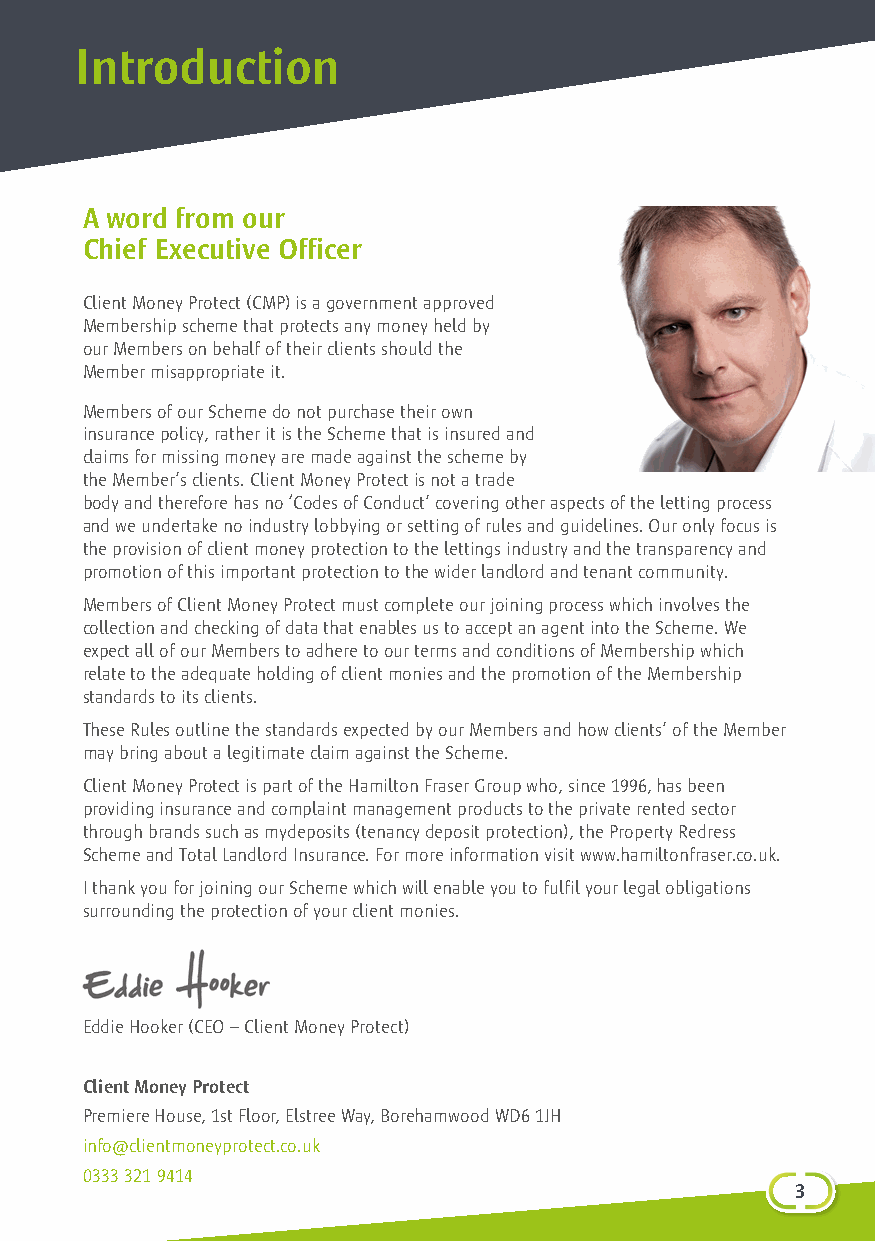
Introduction
 A word from our
 Chief Executive Officer
 Client Money Protect (CMP) is a government approved
 Membership scheme that protects any money held by
 our Members on behalf of their clients should the
 Member misappropriate it.
 Members of our Scheme do not purchase their own
 insurance policy, rather it is the Scheme that is insured and
 claims for missing money are made against the scheme by
 the Member’s clients. Client Money Protect is not a trade
 body and therefore has no ‘Codes of Conduct’ covering other aspects of the letting process
 and we undertake no industry lobbying or setting of rules and guidelines. Our only focus is
 the provision of client money protection to the lettings industry and the transparency and
 promotion of this important protection to the wider landlord and tenant community.
 Members of Client Money Protect must complete our joining process which involves the
 collection and checking of data that enables us to accept an agent into the Scheme. We
 expect all of our Members to adhere to our terms and conditions of Membership which
 relate to the adequate holding of client monies and the promotion of the Membership
 standards to its clients.
 These Rules outline the standards expected by our Members and how clients’ of the Member
 may bring about a legitimate claim against the Scheme.
 Client Money Protect is part of the Hamilton Fraser Group who, since 1996, has been
 providing insurance and complaint management products to the private rented sector
 through brands such as mydeposits (tenancy deposit protection), the Property Redress
 Scheme and Total Landlord Insurance. For more information visit www.hamiltonfraser.co.uk.
 I thank you for joining our Scheme which will enable you to fulfil your legal obligations
 surrounding the protection of your client monies.
 Eddie Hooker (CEO – Client Money Protect)
 Client Money Protect
 Premiere House, 1st Floor, Elstree Way, Borehamwood WD6 1JH
 info@clientmoneyprotect.co.uk
 0333 321 9414
 31